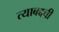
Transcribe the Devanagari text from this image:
त्याबद्दची